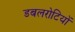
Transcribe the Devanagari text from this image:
डबलरोटियों